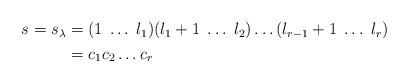
LaTeX: \begin{align*}\begin{aligned}s=s_{\lambda} &=(1 \; \dots \; l_1)(l_1+1\; \dots \; l_2)\dots (l_{r-1}+1\; \dots \; l_r)\\&=c_1c_2 \dots c_r\end{aligned}\end{align*}